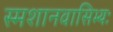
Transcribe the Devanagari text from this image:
स्मशानवासिभ्यः